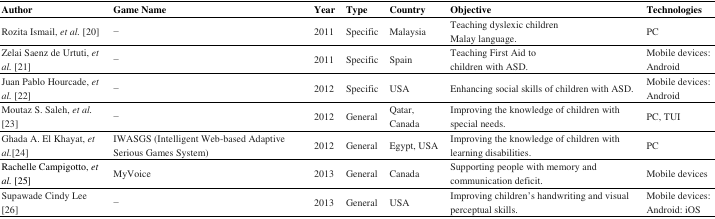
| Author | Game Name | Year | Type | Country | Objective | Technologies |
 | --- | --- | --- | --- | --- | --- | --- |
 | Rozita Ismail, et al. [20] | − | 2011 | Specific | Malaysia | Teaching dyslexic children Malay language. | PC |
 | Zelai Saenz de Urtuti, et al. [21] | − | 2011 | Specific | Spain | Teaching First Aid to children with ASD. | Mobile devices: Android |
 | Juan Pablo Hourcade, et al. [22] | − | 2012 | Specific | USA | Enhancing social skills of children with ASD. | Mobile devices: Android |
 | Moutaz S. Saleh, et al. [23] | − | 2012 | General | Qatar, Canada | Improving the knowledge of children with special needs. | PC, TUI |
 | Ghada A. El Khayat, et al. [24] | IWASGS (Intelligent Web-based Adaptive Serious Games System) | 2012 | General | Egypt, USA | Improving the knowledge of children with learning disabilities. | PC |
 | Rachelle Campigotto, et al. [25] | MyVoice | 2013 | General | Canada | Supporting people with memory and communication deficit. | Mobile devices |
 | Supawade Cindy Lee [26] | − | 2013 | General | USA | Improving children’s handwriting and visual perceptual skills. | Mobile devices: Android: iOS |